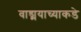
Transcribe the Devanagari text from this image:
वाड्मयाच्याकडे